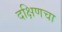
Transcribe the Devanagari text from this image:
दक्षिणचा